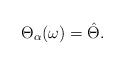
LaTeX: \begin{align*}\Theta_{\alpha}(\omega) = \hat{\Theta}.\end{align*}